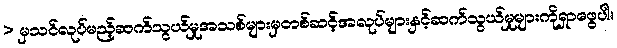
> မှသင်လုပ်မည့်ဆက်သွယ်မှုအသစ်များမှတစ်ဆင့်အလုပ်များနှင့်ဆက်သွယ်မှုများကိုရှာဖွေပါ။